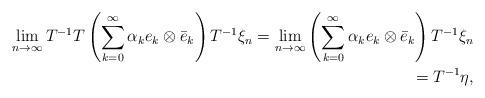
LaTeX: \begin{align*}\lim_{n \rightarrow \infty} T^{-1} T \left( \sum_{k=0}^{\infty} \alpha_{k} e_{k} \otimes \bar{e}_{k} \right) T^{-1} \xi_{n}=\lim_{n \rightarrow \infty} \left( \sum_{k=0}^{\infty} \alpha_{k} e_{k} \otimes \bar{e}_{k} \right) T^{-1} \xi_{n} \\= T^{-1} \eta, \end{align*}